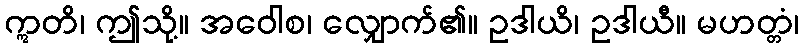
ဣတိ၊ ဤသို့။ အဝေါစ၊ လျှောက်၏။ ဥဒါယိ၊ ဥဒါယီ။ မဟတ္တံ၊